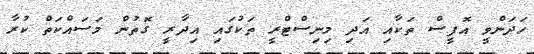
ހަދަންވީ އޮފީސް ތަކާއި އަދި މިނިސްޓްރީ ތަކުގައި އިދާރީ ގޮތުން މަސައްކަތް ކުރާ